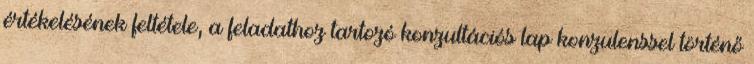
értékelésének feltétele, a feladathoz tartozó konzultációs lap konzulenssel történő